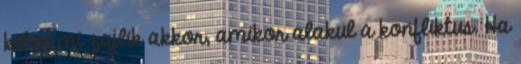
kiben mi zajlik akkor, amikor alakul a konfliktus. Ha